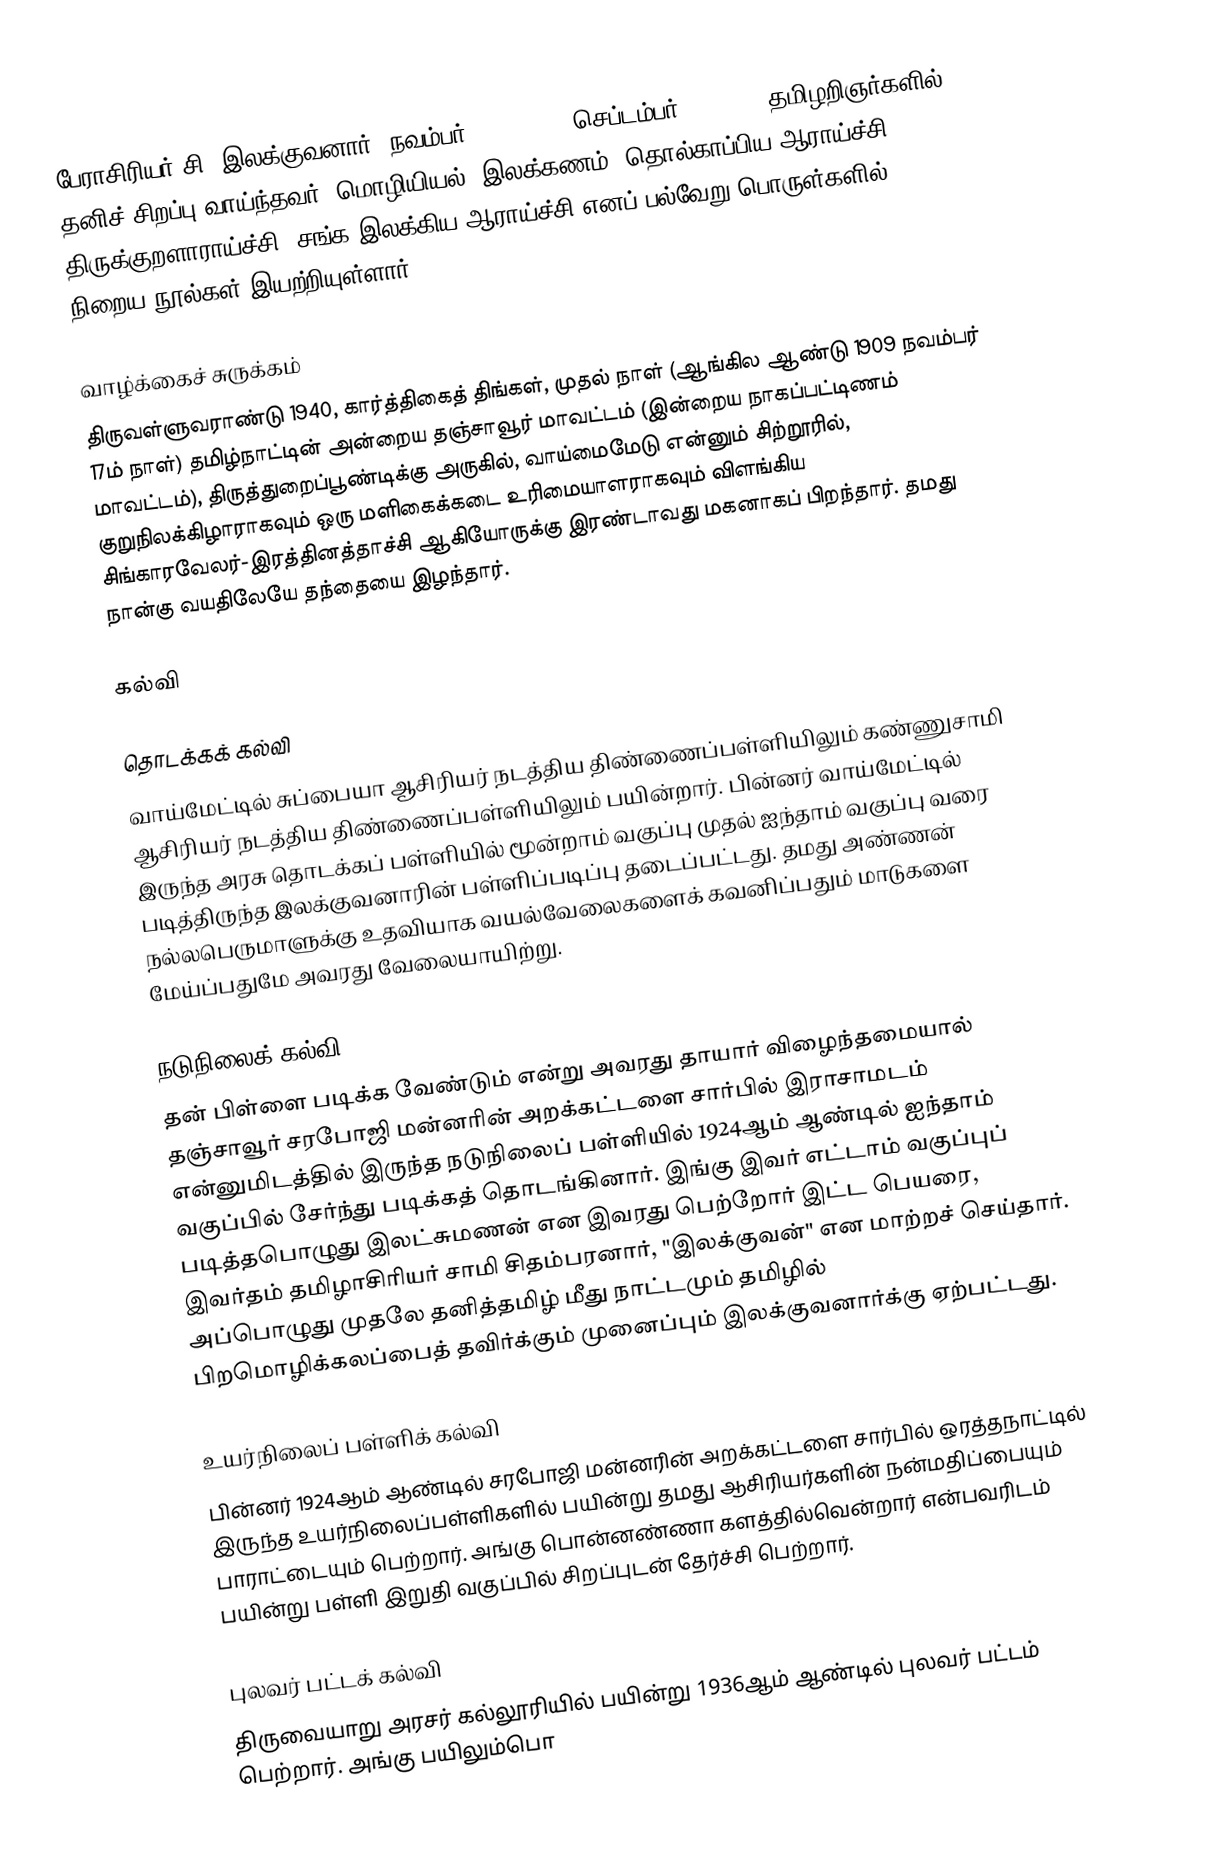
பேராசிரியர் சி. இலக்குவனார் (நவம்பர் 17, 1909 - செப்டம்பர் 3, 1973) தமிழறிஞர்களில் தனிச் சிறப்பு வாய்ந்தவர். மொழியியல், இலக்கணம், தொல்காப்பிய ஆராய்ச்சி, திருக்குறளாராய்ச்சி, சங்க இலக்கிய ஆராய்ச்சி எனப் பல்வேறு பொருள்களில் நிறைய நூல்கள் இயற்றியுள்ளார்.

வாழ்க்கைச் சுருக்கம்
திருவள்ளுவராண்டு 1940, கார்த்திகைத் திங்கள், முதல் நாள் (ஆங்கில ஆண்டு 1909 நவம்பர் 17ம் நாள்) தமிழ்நாட்டின் அன்றைய தஞ்சாவூர் மாவட்டம் (இன்றைய நாகப்பட்டிணம் மாவட்டம்), திருத்துறைப்பூண்டிக்கு அருகில், வாய்மைமேடு என்னும் சிற்றூரில், குறுநிலக்கிழாராகவும் ஒரு மளிகைக்கடை உரிமையாளராகவும் விளங்கிய சிங்காரவேலர்-இரத்தினத்தாச்சி ஆகியோருக்கு இரண்டாவது மகனாகப் பிறந்தார். தமது நான்கு வயதிலேயே தந்தையை இழந்தார்.

கல்வி

தொடக்கக் கல்வி
வாய்மேட்டில்  சுப்பையா ஆசிரியர் நடத்திய திண்ணைப்பள்ளியிலும் கண்ணுசாமி ஆசிரியர் நடத்திய திண்ணைப்பள்ளியிலும் பயின்றார். பின்னர் வாய்மேட்டில் இருந்த அரசு தொடக்கப் பள்ளியில் மூன்றாம் வகுப்பு முதல் ஐந்தாம் வகுப்பு வரை படித்திருந்த இலக்குவனாரின் பள்ளிப்படிப்பு தடைப்பட்டது. தமது அண்ணன் நல்லபெருமாளுக்கு உதவியாக வயல்வேலைகளைக் கவனிப்பதும் மாடுகளை மேய்ப்பதுமே அவரது வேலையாயிற்று.

நடுநிலைக் கல்வி
தன் பிள்ளை படிக்க வேண்டும் என்று அவரது தாயார் விழைந்தமையால் தஞ்சாவூர் சரபோஜி மன்னரின் அறக்கட்டளை சார்பில் இராசாமடம் என்னுமிடத்தில் இருந்த நடுநிலைப் பள்ளியில் 1924ஆம் ஆண்டில் ஐந்தாம் வகுப்பில் சேர்ந்து படிக்கத் தொடங்கினார். இங்கு இவர் எட்டாம் வகுப்புப் படித்தபொழுது இலட்சுமணன் என இவரது பெற்றோர் இட்ட பெயரை, இவர்தம் தமிழாசிரியர் சாமி சிதம்பரனார், "இலக்குவன்" என மாற்றச் செய்தார். அப்பொழுது முதலே தனித்தமிழ் மீது நாட்டமும் தமிழில் பிறமொழிக்கலப்பைத் தவிர்க்கும் முனைப்பும் இலக்குவனார்க்கு ஏற்பட்டது.

உயர்நிலைப் பள்ளிக் கல்வி
பின்னர் 1924ஆம் ஆண்டில் சரபோஜி மன்னரின் அறக்கட்டளை சார்பில் ஒரத்தநாட்டில் இருந்த  உயர்நிலைப்பள்ளிகளில் பயின்று தமது ஆசிரியர்களின் நன்மதிப்பையும் பாராட்டையும் பெற்றார்.  அங்கு பொன்னண்ணா களத்தில்வென்றார் என்பவரிடம் பயின்று பள்ளி இறுதி வகுப்பில் சிறப்புடன் தேர்ச்சி பெற்றார்.

புலவர் பட்டக் கல்வி
திருவையாறு அரசர் கல்லூரியில்  பயின்று 1936ஆம் ஆண்டில் புலவர் பட்டம் பெற்றார்.  அங்கு பயிலும்பொ